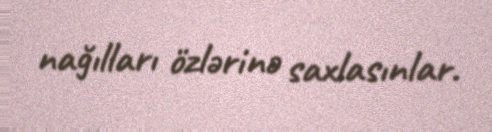
nağılları özlərinə saxlasınlar.